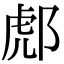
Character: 𨛵